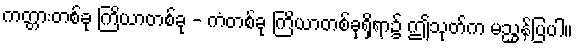
ကတ္တားတစ်ခု ကြိယာတစ်ခု - ကံတစ်ခု ကြိယာတစ်ခုရှိရာ၌ ဤသုတ်က မညွှန်ပြပါ။